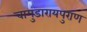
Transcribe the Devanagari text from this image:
चामुंडारायपुराण